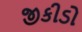
જીકીડો